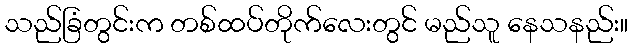
သည်ခြံတွင်းက တစ်ထပ်တိုက်လေးတွင် မည်သူ နေသနည်း။